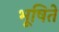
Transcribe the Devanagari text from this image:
भूषिते